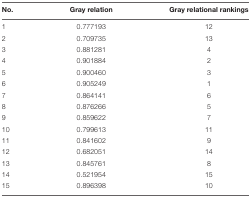
<table><thead><tr><td><b>No.</b></td><td><b>Gray relation</b></td><td><b>Gray relational rankings</b></td></tr></thead><tbody><tr><td>1</td><td>0.777193</td><td>12</td></tr><tr><td>2</td><td>0.709735</td><td>13</td></tr><tr><td>3</td><td>0.881281</td><td>4</td></tr><tr><td>4</td><td>0.901884</td><td>2</td></tr><tr><td>5</td><td>0.900460</td><td>3</td></tr><tr><td>6</td><td>0.905249</td><td>1</td></tr><tr><td>7</td><td>0.864141</td><td>6</td></tr><tr><td>8</td><td>0.876266</td><td>5</td></tr><tr><td>9</td><td>0.859622</td><td>7</td></tr><tr><td>10</td><td>0.799613</td><td>11</td></tr><tr><td>11</td><td>0.841602</td><td>9</td></tr><tr><td>12</td><td>0.682051</td><td>14</td></tr><tr><td>13</td><td>0.845761</td><td>8</td></tr><tr><td>14</td><td>0.521954</td><td>15</td></tr><tr><td>15</td><td>0.896398</td><td>10</td></tr></tbody></table>